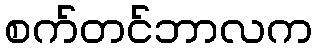
စက်တင်ဘာလက